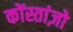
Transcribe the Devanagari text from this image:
कोंस्तांज़ो